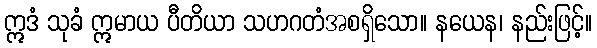
ဣဒံ သုခံ ဣမာယ ပီတိယာ သဟဂတံအစရှိသော။ နယေန၊ နည်းဖြင့်။